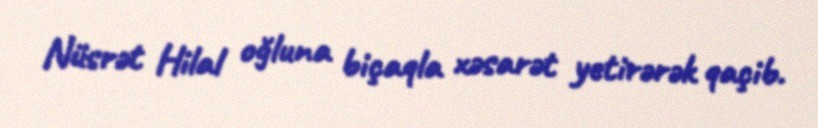
Nüsrət Hilal oğluna biçaqla xəsarət yetirərək qaçib.